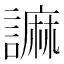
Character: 𧫼